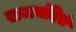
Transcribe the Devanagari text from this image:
राजमंदिरों